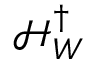
\mathcal { H } _ { W } ^ { \dagger }